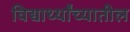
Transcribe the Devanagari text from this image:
विद्यार्थ्यांच्यातील